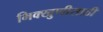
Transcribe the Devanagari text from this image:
भिक्खुणीसाठी